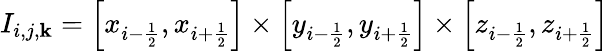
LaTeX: I_{i,j,\mathbf{k}}=\left[x_{i-\frac{{1}}{{2}}},x_{i+\frac{{1}}{{2}}}\right]\times\left[y_{i-\frac{{1}}{{2}}},y_{i+\frac{{1}}{{2}}}\right]\times\left[z_{i-\frac{{1}}{{2}}},z_{i+\frac{{1}}{{2}}}\right]